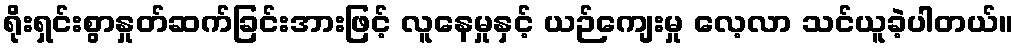
ရိုးရှင်းစွာနှုတ်ဆက်ခြင်းအားဖြင့် လူနေမှုနှင့် ယဉ်ကျေးမှု လေ့လာ သင်ယူခဲ့ပါတယ်။